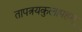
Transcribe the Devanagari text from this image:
तापत्रयकुलापहम्